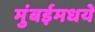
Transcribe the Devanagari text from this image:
मुंबईमधये